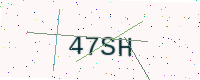
Text: 47SH